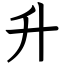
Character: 升